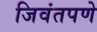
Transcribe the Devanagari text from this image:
जिवंतपणे